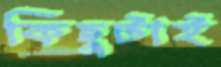
কিছুটাই